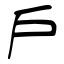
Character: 戶